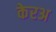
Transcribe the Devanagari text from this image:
केरअ